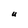
Character: U